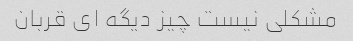
مشکلی نیست چیز دیگه ای قربان